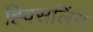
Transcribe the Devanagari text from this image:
ह्विसलिंग